Annual report on the mental hospital in the Central Provinces and Berar (Nagpur) - 1927-1951
Year: 1927
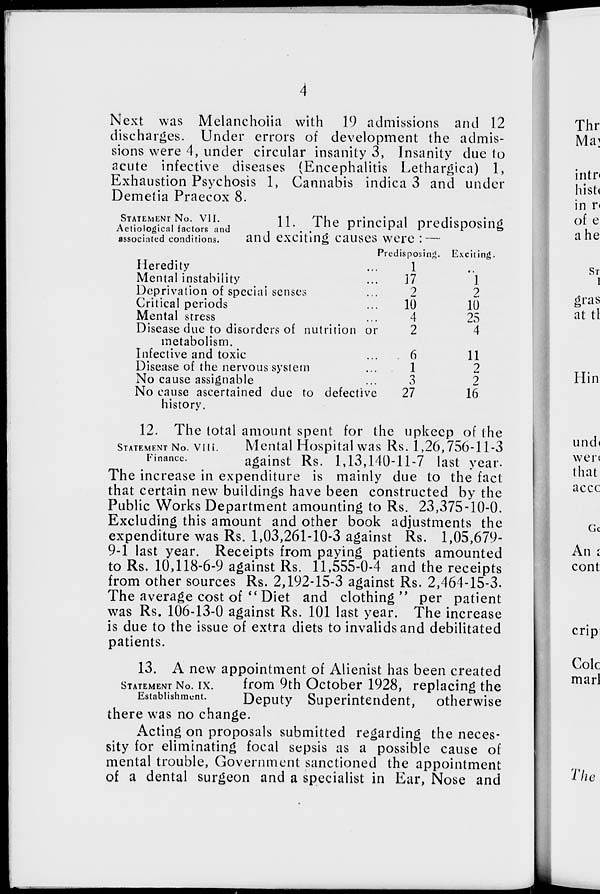
4
Next was Melancholia with 19 admissions and 12
discharges. Under errors of development the admis-
sions were 4, under circular insanity 3, Insanity due to
acute infective diseases (Encephalitis Lethargica) 1,
Exhaustion Psychosis 1, Cannabis indica 3 and under
Demetia Praecox 8.
STATEMENT NO. VII.
Aetiological factors and
associated conditions.
11. The principal predisposing
and exciting causes were : —
Heredity ...
Mental instability ...
Deprivation of special senses ...
Critical periods ...
Mental stress ...
Disease due to disorders of nutrition or
metabolism.
Infective and toxic ...
Disease of the nervous system ...
No cause assignable ...
No cause ascertained due to defective
history.
Predisposing.
1
17
2
10
4
2
6
1
3
27
Exciting.
...
1
2
10
25
4
11
2
2
16
STATEMENT NO. VIII.
Finance.
12. The total amount spent for the upkeep of the
Mental Hospital was Rs. 1,26,756-11-3
against Rs. 1,13,140-11-7 last year.
The increase in expenditure is mainly due to the fact
that certain new buildings have been constructed by the
Public Works Department amounting to Rs. 23,375-10-0.
Excluding this amount and other book adjustments the
expenditure was Rs. 1,03,261-10-3 against Rs. 1,05,679-
9-1 last year. Receipts from paying patients amounted
to Rs. 10,118-6-9 against Rs. 11,555-0-4 and the receipts
from other sources Rs. 2,192-15-3 against Rs. 2,464-15-3.
The average cost of " Diet and clothing " per patient
was Rs. 106-13-0 against Rs. 101 last year. The increase
is due to the issue of extra diets to invalids and debilitated
patients.
STATEMENT No. IX.
Establishment.
13. A new appointment of Alienist has been created
from 9th October 1928, replacing the
Deputy Superintendent,
otherwise
there was no change.
Acting on proposals submitted regarding the neces-
sity for eliminating focal sepsis as a possible cause of
mental trouble, Government sanctioned the appointment
of a dental surgeon and a specialist in Ear, Nose and